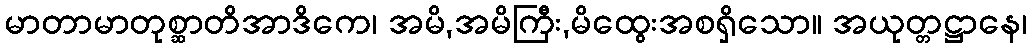
မာတာမာတုစ္ဆာတိအာဒိကေ၊ အမိ,အမိကြီး,မိထွေးအစရှိသော။ အယုတ္တဋ္ဌာနေ၊